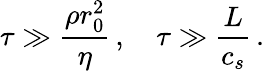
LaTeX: \tau\gg\frac{\rho r_{0}^{2}}{\eta}\, ,\quad\tau\gg\frac{L}{c_{s}}\, .